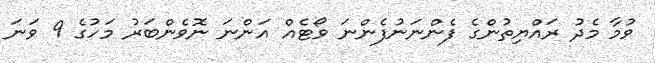
ވުމާ މެދު ރައްޔިތުންގެ ފެންނަނުފެންނަ ވޯޓެއް އަންނަ ނޮވެންބަރު މަހުގެ 9 ވަނަ